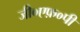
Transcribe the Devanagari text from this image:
जी०एफ़०पी